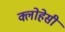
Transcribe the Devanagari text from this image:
क्लोहेसी